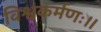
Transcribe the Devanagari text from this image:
विश्वकर्मणः।।